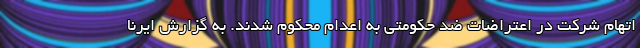
اتهام شرکت در اعتراضات ضد حکومتی به اعدام محکوم شدند. به گزارش ایرنا